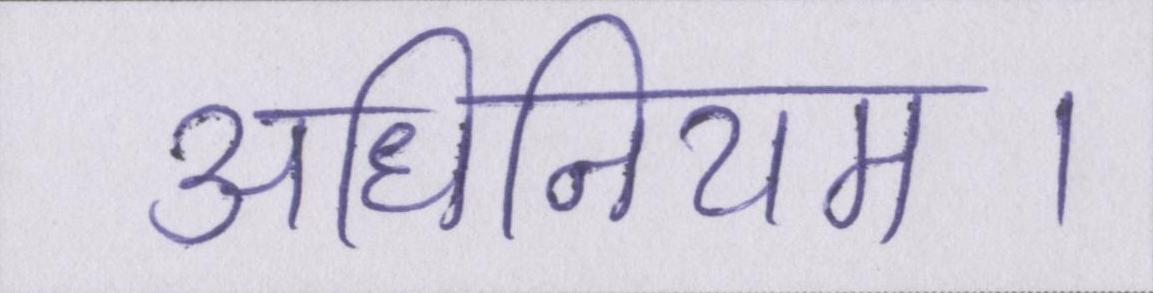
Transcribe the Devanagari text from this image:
अधिनियम।